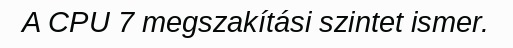
A CPU 7 megszakítási szintet ismer.